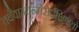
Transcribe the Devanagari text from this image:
तथैवान्यन्मेरोर्दक्षिणतो